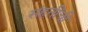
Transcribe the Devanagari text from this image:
संहतींची